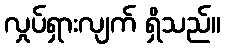
လှုပ်ရှားလျက် ရှိသည်။